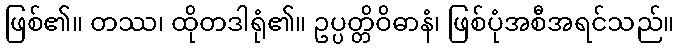
ဖြစ်၏။ တဿ၊ ထိုတဒါရုံ၏။ ဥပ္ပတ္တိဝိဓာနံ၊ ဖြစ်ပုံအစီအရင်သည်။